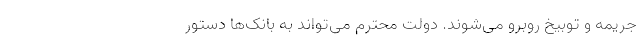
جریمه و توبیخ روبرو می‌شوند. دولت محترم می‌تواند به بانک‌ها دستور